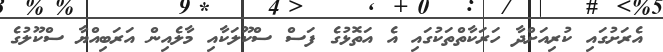
އެރަށުގައި ކުރިއަށްދާ ހަރަކާތްތަކުގައި އެ އަތޮޅުގެ ފަސް ސްކޫލަކާއި މާލެއިން އަރަބިއްޔާ ސްކޫލުގެ